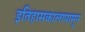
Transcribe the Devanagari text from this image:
इतिहासकालापासून